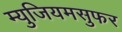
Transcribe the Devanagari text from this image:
म्युजियमसुफर